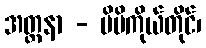
အတ္ထနာ - မိမိကိုယ်တိုင်၊